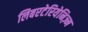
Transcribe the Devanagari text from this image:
लिबरटेरियेनिज़्म